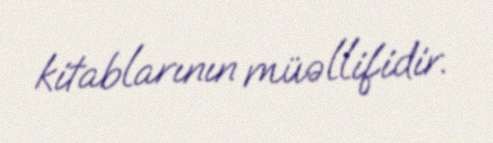
kitablarının müəllifidir.